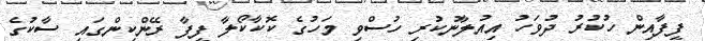
ފީފާއިން ހުކުރު ދުވަހު އިއުލާނުކުރި ހުސްވި މަހުގެ ކޮކާކޯލާ ފީފާ ރޭންކިންގައި ސާކުގެ